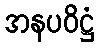
အနပဝိဋ္ဌံ